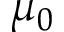
\mu _ { 0 }